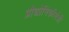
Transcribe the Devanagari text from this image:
प्रौद्योगिकीमंत्री